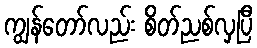
ကျွန်တော်လည်း စိတ်ညစ်လှပြီ